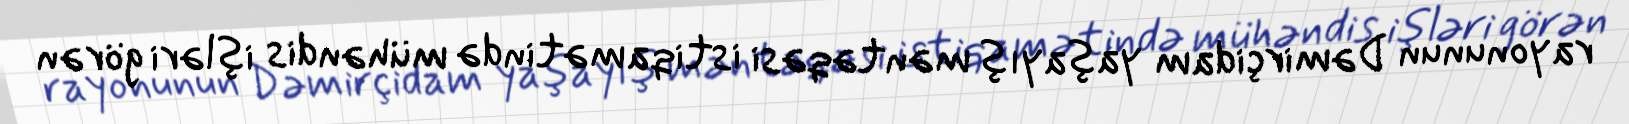
rayonunun Dəmirçidam yaşayış məntəqəsi istiqamətində mühəndis işləri görən